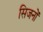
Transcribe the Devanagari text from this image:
सिजनों